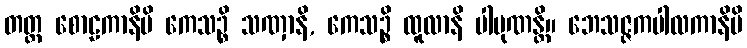
တတ္ထ စောဠကာနိပိ ကေသဉ္စိ သဏှာနိ, ကေသဉ္စိ ထူလာနိ ပါပုဏန္တိ။ ဘေသဇ္ဇကပါလကာနိပိ